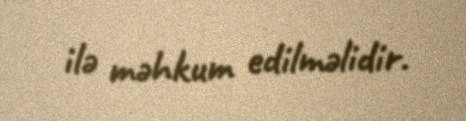
ilə məhkum edilməlidir.